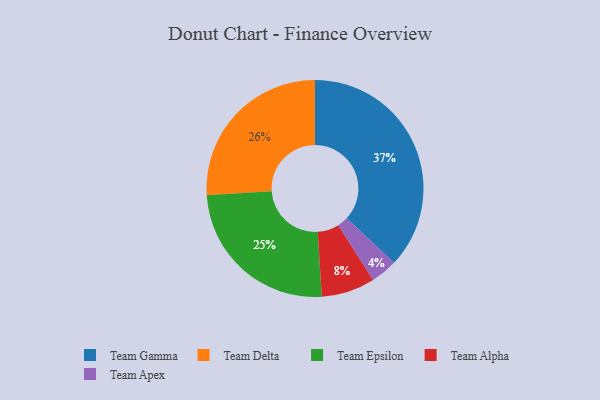
{"axis": {"x": "Category", "y": "Percentage"}, "legend": ["Team Alpha", "Team Apex", "Team Delta", "Team Epsilon", "Team Gamma"], "data": [{"x": "Team Alpha", "y": 8, "type": "Team Alpha"}, {"x": "Team Gamma", "y": 37, "type": "Team Gamma"}, {"x": "Team Epsilon", "y": 25, "type": "Team Epsilon"}, {"x": "Team Apex", "y": 4, "type": "Team Apex"}, {"x": "Team Delta", "y": 26, "type": "Team Delta"}]}